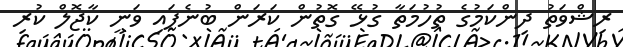
ރިޝްވަތު ދިންކަމުގެ ތުހުމަތާ ގުޅޭ ގޮތުން ކަރަން ބުނެފައި ވަނީ ކާޖޮލް ކުރި